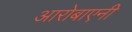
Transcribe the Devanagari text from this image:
आरोबाएनी